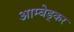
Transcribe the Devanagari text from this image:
आम्बेड्कर